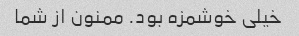
خیلی خوشمزه بود. ممنون از شما